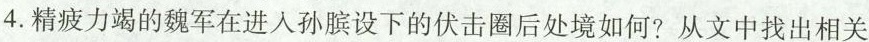
4.精疲力竭的魏军在进入孙膑设下的伏击圈后处境如何?从文中找出相关